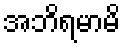
အဘိရမာမိ